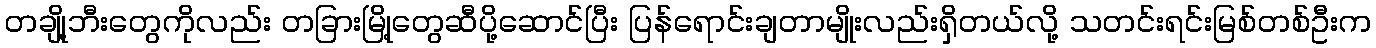
တချို့ဘီးတွေကိုလည်း တခြားမြို့တွေဆီပို့ဆောင်ပြီး ပြန်ရောင်းချတာမျိုးလည်းရှိတယ်လို့ သတင်းရင်းမြစ်တစ်ဦးက